Jaan_Tonisson_(Lasteleht), lk 266
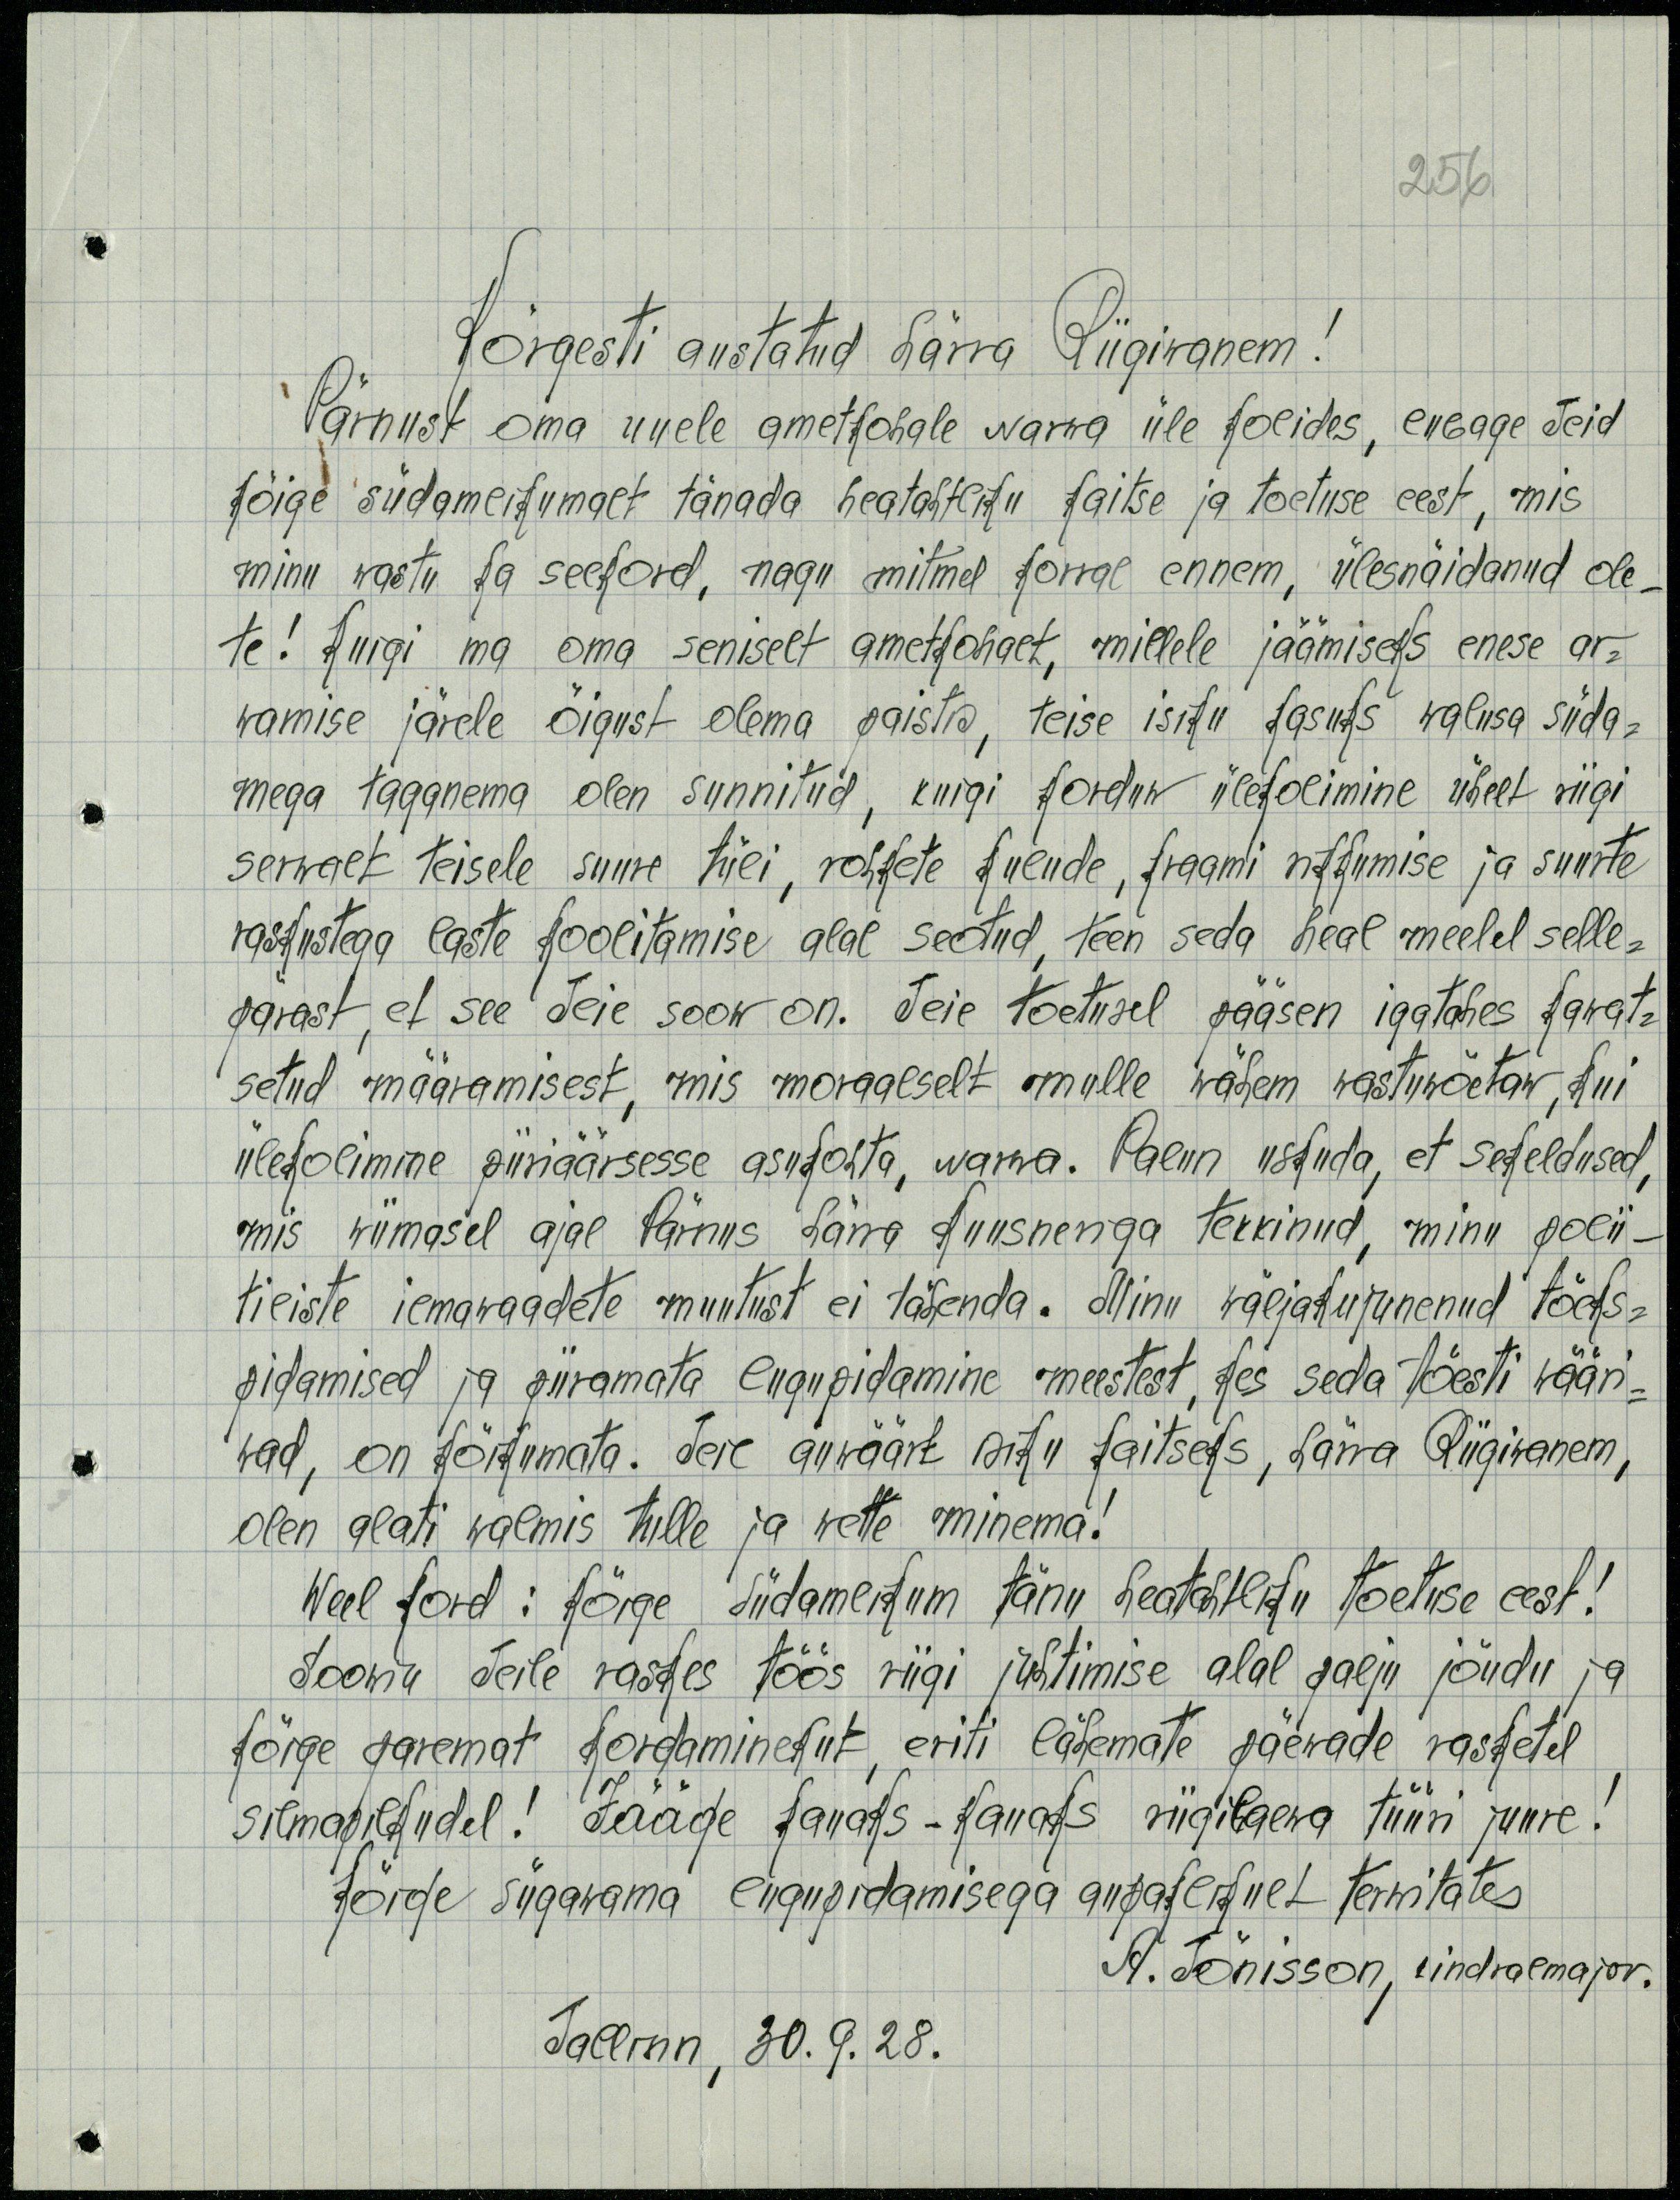
256
Jõrgesti austatud härra Riigivanem!
Pärnust oma uuele ametkohale Narva üle kolides, lubage Teid
kõige südamlikumalt tänada heatahtliku kaitse ja toetuse eest, mis
minu vastu ka seekord, nagu mitmel korral ennem, ülesnäidanud ole-
te! Kuigi ma oma seniselt ametkohalt, millele jäämiseks enese ar-
vamise järele õigust olema paistis, teise isiku kasuks walusa süda-
mega taganema olen sunnitud, kuigi korduv ülekolimine ühelt riigi
serwalt teisele suure tüli, rohkete kulude, kraami rikkumise ja suurte
raskustega laste koolitamise alal seotud, teen seda heal meelel selle-
pärast, et see Teie soow on. Teie toetusel pääsen igatahes kawat-
setud määramisest, mis moraalselt mulle wähem vastuvõetaw, kui
ülekolimine piiriäärsesse asukohta, Narva. Palun uskuda, et sekeldused,
mis wiimasel ajal Pärnus härra Kuusneniga teekinud, minu polii-
tiliste ilmavaadete muutust ei tähenda. Minu wäljakujunenud tõeks-
pidamised ja piiramata lugupidamine meestest, kes seda tõesti wääri-
wad, on kõikumata. Teie auwäärt isiku kaitseks, härra Riigivanem,
olen alati walmis tulle ja wette minema!
Weel kord: Kõige südamlikum tänu heatahtliku toetuse eest!
Soowin Teile raskes töös riigi juhtimise alal palju jõudu ja
kõige paremat kordaminekut eriti lähemate päewade rasketel
silmapilkudel! Jääge kauaks - kauaks riigilaewa tüüri juure.
Kõige sügavama lugupidamisega aupaklikult tervitates
A. Tõnisson, kindralmajor.
Tallinn, 30.9.28.